Vaccination United Provinces of Agra and Oudh 1902-1913 - 1902-1913
Year: 1902
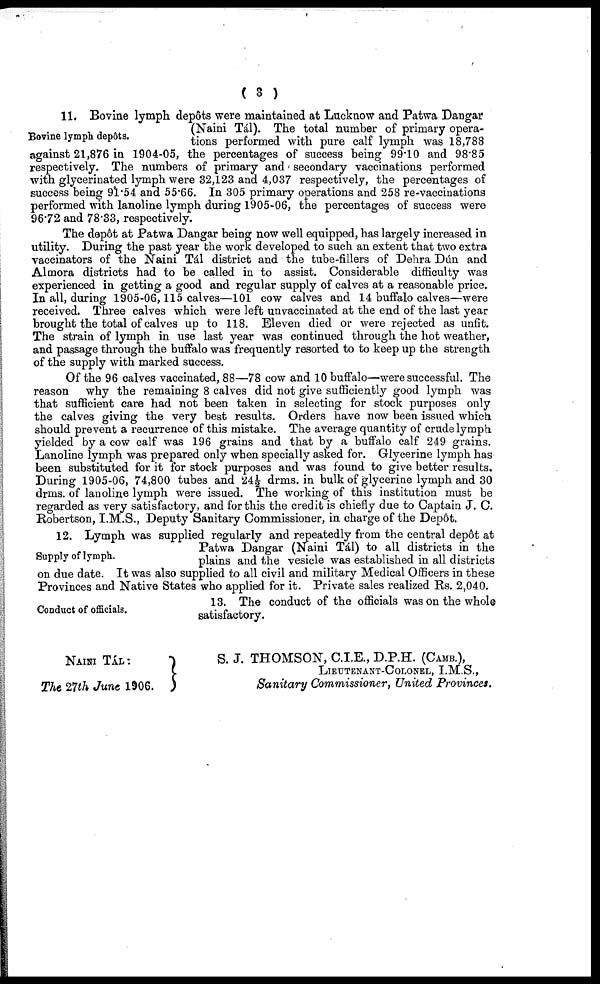
( 3 )
Bovine lymph depôts.
11. Bovine lymph depôts were maintained at Lucknow and Patwa Dangar
(Naini Tál). The total number of primary opera.
tions performed with pure calf lymph was 18,788
against 21,876 in 1904-05, the percentages of success being 99.10 and 98.85
respectively. The numbers of primary and secondary vaccinations performed
with glycerinated lymph were 32,123 and 4,037 respectively, the percentages of
success being 91.54 and 55.66. In 305 primary operations and 258 re-vaccinations
performed with lanoline lymph during 1905-06, the percentages of success were
96.72 and 78.33, respectively.
The depôt at Patwa Dangar being now well equipped, has largely increased in
utility. During the past year the work developed to such an extent that two extra
vaccinators of the Naini Tál district and the tube-fillers of Dehra Dún and
Almora districts had to be called in to assist. Considerable difficulty was
experienced in getting a good and regular supply of calves at a reasonable price.
In all, during 1905-06, 115 calves—101 cow calves and 14 buffalo calves—were
received. Three calves which were left unvaccinated at the end of the last year
brought the total of calves up to 118. Eleven died or were rejected as unfit.
The strain of lymph in use last year was continued through the hot weather,
and passage through the buffalo was frequently resorted to to keep up the strength
of the supply with marked success.
Of the 96 calves vaccinated, 88—78 cow and 10 buffalo—were successful. The
reason why the remaining 8 calves did not give sufficiently good lymph was
that sufficient care had not been taken in selecting for stock purposes only
the calves giving the very best results. Orders have now been issued which
should prevent a recurrence of this mistake. The average quantity of crude lymph
yielded by a cow calf was 196 grains and that by a buffalo calf 249 grains.
Lanoline lymph was prepared only when specially asked for. Glycerine lymph has
been substituted for it for stock purposes and was found to give better results.
During 1905-06, 74,800 tubes and 24½ drms. in bulk of glycerine lymph and 30
drms. of lanoline lymph were issued. The working of this institution must be
regarded as very satisfactory, and for this the credit is chiefly due to Captain J. C.
Robertson, I.M.S., Deputy Sanitary Commissioner, in charge of the Depôt.
Supply of lymph.
12. Lymph was supplied regularly and repeatedly from the central depôt at
Patwa Dangar (Naini Tál) to all districts in the
plains and the vesicle was established in all districts
on due date. It was also supplied to all civil and military Medical Officers in these
Provinces and Native States who applied for it. Private sales realized Rs. 2,040.
Conduct of officials.
13. The conduct of the officials was on the whole
satisfactory.
NAINI TÁL:
The 27th June 1906.
S. J. THOMSON, C.I.E., D.P.H. (CAMB.),
LIEUTENTAL-COLONEL, I.M.S.,
Sanitary Commissioner, United Provinces.